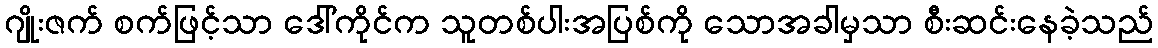
ဂျိုးဇက် စက်ဖြင့်သာ ဒေါ်ကိုင်က သူတစ်ပါးအပြစ်ကို သောအခါမှသာ စီးဆင်းနေခဲ့သည်